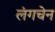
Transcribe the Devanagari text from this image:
लंगचेन